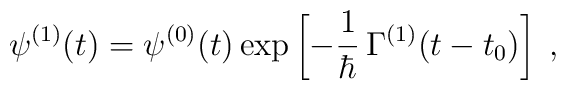
\psi^{(1)}(t) = \psi^{(0)}(t) \exp\left[ -\frac{1}{\hbar}\, \Gamma^{(1)}(t - t_0)\right] \;,